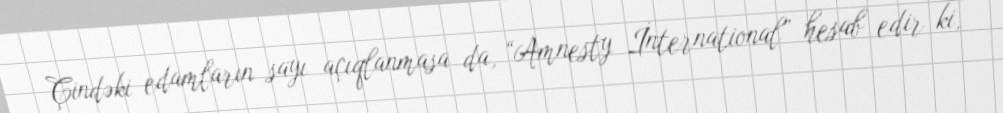
Çindəki edamların sayı açıqlanmasa da, “Amnesty İnternational” hesab edir ki,